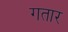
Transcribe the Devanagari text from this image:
गतार